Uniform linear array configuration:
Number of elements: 48
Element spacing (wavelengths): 0.75
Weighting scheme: hamming
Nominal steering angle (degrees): -60
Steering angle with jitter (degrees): -58.277
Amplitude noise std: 0.05
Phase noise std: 0.05

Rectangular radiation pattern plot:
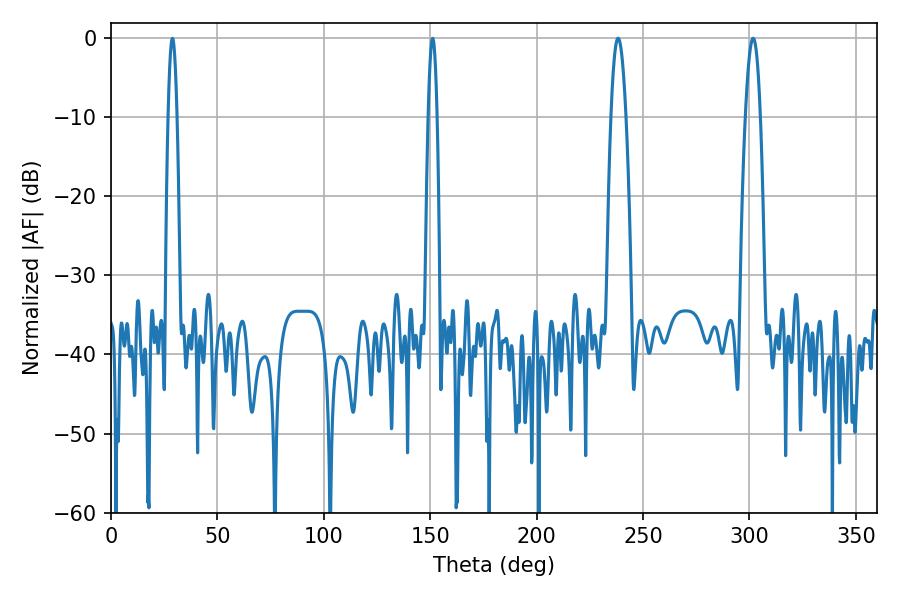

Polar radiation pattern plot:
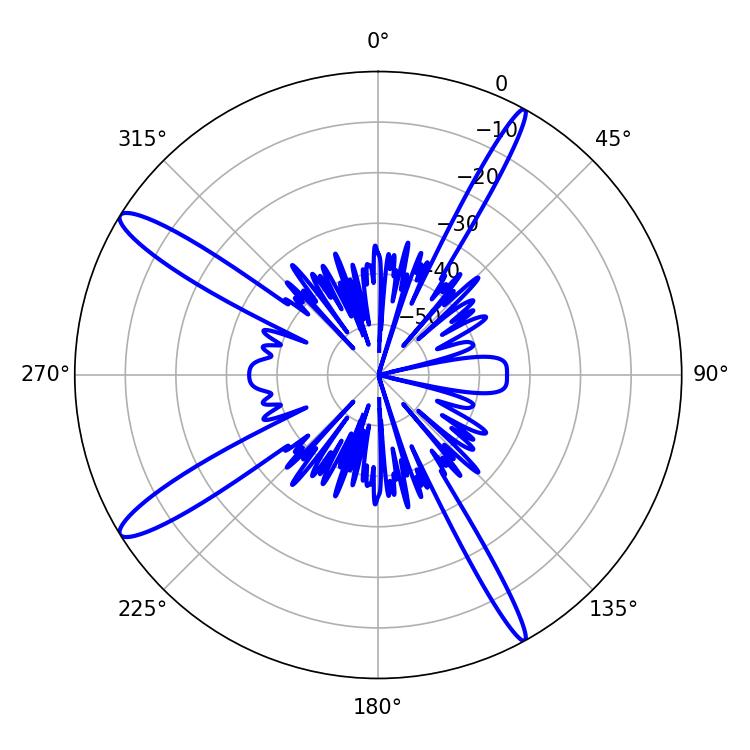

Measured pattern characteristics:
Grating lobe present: TRUE
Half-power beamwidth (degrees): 3.96
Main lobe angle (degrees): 301.68